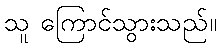
သူ ကြောင်သွားသည်။